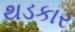
થડકાર